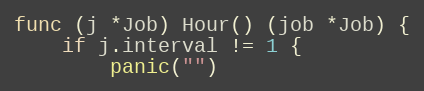
Language: Go
func (j *Job) Hour() (job *Job) {
	if j.interval != 1 {
		panic("")